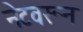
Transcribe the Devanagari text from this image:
नेटवरून